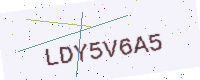
Text: LDY5V6A5